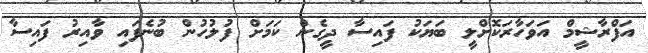
އަފްރާޝީމް އަވަހާރަކޮށްލީ ބަޔަކު ފައިސާ ދީގެން ކަމަށް ފުލުހުން ބުނެފައި ވާއިރު ފައިސާ